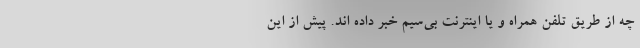
چه از طریق تلفن همراه و یا اینترنت بی‌سیم خبر داده اند. پیش از این